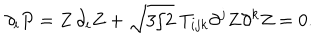
LaTeX: \partial _ { i } P = Z \, \partial _ { i } Z + \sqrt { 3 / 2 } \; T _ { i j k } \partial ^ { j } Z \partial ^ { k } Z = 0 .